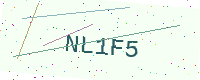
Text: NL1F5